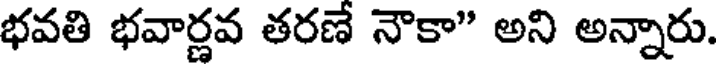
భవతి భవార్ణవ తరణే నౌకా" అని అన్నారు.